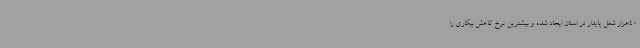
40هزار شغل پایدار در استان ایجاد شده و بیشترین نرخ کاهش بیکاری را